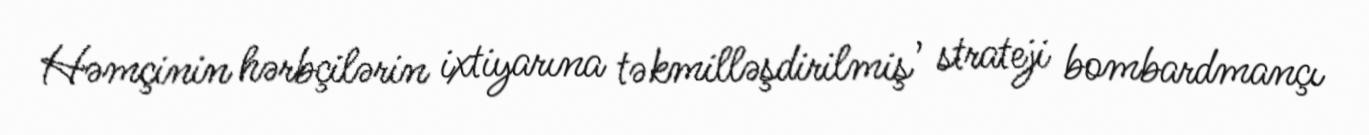
Həmçinin hərbçilərin ixtiyarına təkmilləşdirilmiş , strateji bombardmançı